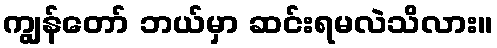
ကျွန်တော် ဘယ်မှာ ဆင်းရမလဲသိလား။